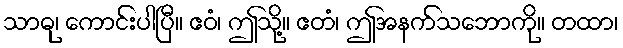
သာဓု၊ ကောင်းပါပြီ။ ဧဝံ၊ ဤသို့။ ဧတံ၊ ဤအနက်သဘောကို။ တထာ၊